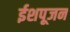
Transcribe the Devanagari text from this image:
ईशपूजन